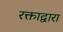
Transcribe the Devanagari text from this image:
रक्ताद्वारा